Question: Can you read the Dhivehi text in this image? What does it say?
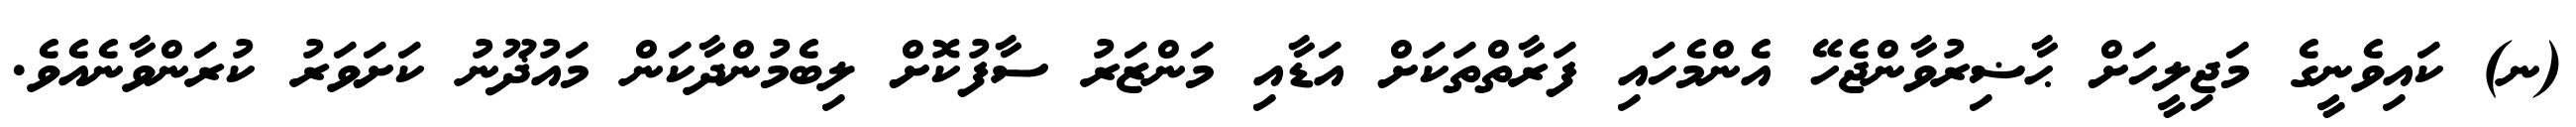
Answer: (ނ) ކައިވެނީގެ މަޖިލީހަށް ޙާޟިރުވާންޖެހޭ އެންމެހައި ފަރާތްތަކަށް އަޑާއި މަންޒަރު ސާފުކޮށް ލިބެމުންދާކަން މައުޛޫނު ކަށަވަރު ކުރަންވާނެއެވެ.